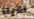
لدينا